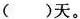
()天。